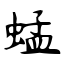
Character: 蜢